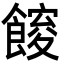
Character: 𮩋